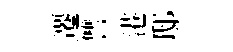
遷讐港邸